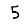
Digit: 5